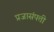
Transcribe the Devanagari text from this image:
प्रजासंपत्ती